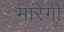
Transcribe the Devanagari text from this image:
मारेगी